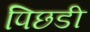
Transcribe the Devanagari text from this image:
पिछडी